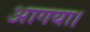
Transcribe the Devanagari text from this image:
आगया।